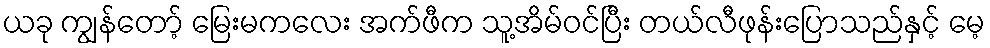
ယခု ကျွန်တော့် မြေးမကလေး အက်ဖီက သူ့အိမ်ဝင်ပြီး တယ်လီဖုန်းပြောသည်နှင့် မေ့